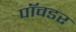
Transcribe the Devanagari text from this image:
पॉवडर